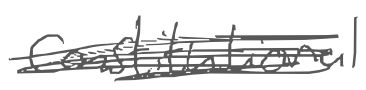
Text: Constitutional
Cross-out: scratch
Writing tool: digital_gray